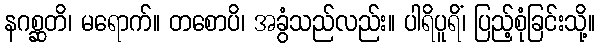
နဂစ္ဆတိ၊ မရောက်။ တစောပိ၊ အခွံသည်လည်း။ ပါရိပူရိံ၊ ပြည့်စုံခြင်းသို့။